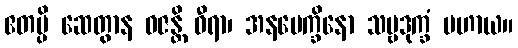
ဧတပ္ပိ ဆေတွာန ဝဇန္တိ ဓီရာ၊ အနပေက္ခိနော သဗ္ဗဒုက္ခံ ပဟာယ။